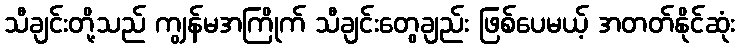
သီချင်းတို့သည် ကျွန်မအကြိုက် သီချင်းတွေချည်း ဖြစ်ပေမယ့် အတတ်နိုင်ဆုံး